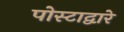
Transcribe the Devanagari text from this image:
पोस्टाद्वारे